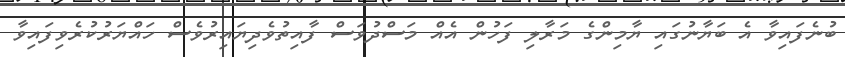
ބުނެފައިވާ އެ ބަޔާނުގައި ޔާމިންގެ މަރާލި ފަހުން އެއް މަސްދުވަސް ފާއިތުވެދިޔައިރުވެސް ހައްޔަރުކުރެވިފައިވާ